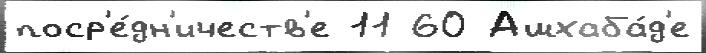
поср'е́дн'ичеств'е 11 60 Ашхаба́д'е